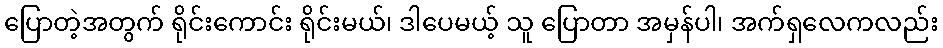
ပြောတဲ့အတွက် ရိုင်းကောင်း ရိုင်းမယ်၊ ဒါပေမယ့် သူ ပြောတာ အမှန်ပါ၊ အက်ရှလေကလည်း